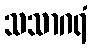
သသာဂရံ